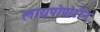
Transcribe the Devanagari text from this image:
लायपोप्रोटीन